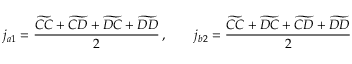
j _ { a 1 } = \frac { \widetilde { C C } + \widetilde { C D } + \widetilde { D C } + \widetilde { D D } } { 2 } \, , \qquad j _ { b 2 } = \frac { \widetilde { C C } + \widetilde { D C } + \widetilde { C D } + \widetilde { D D } } { 2 }